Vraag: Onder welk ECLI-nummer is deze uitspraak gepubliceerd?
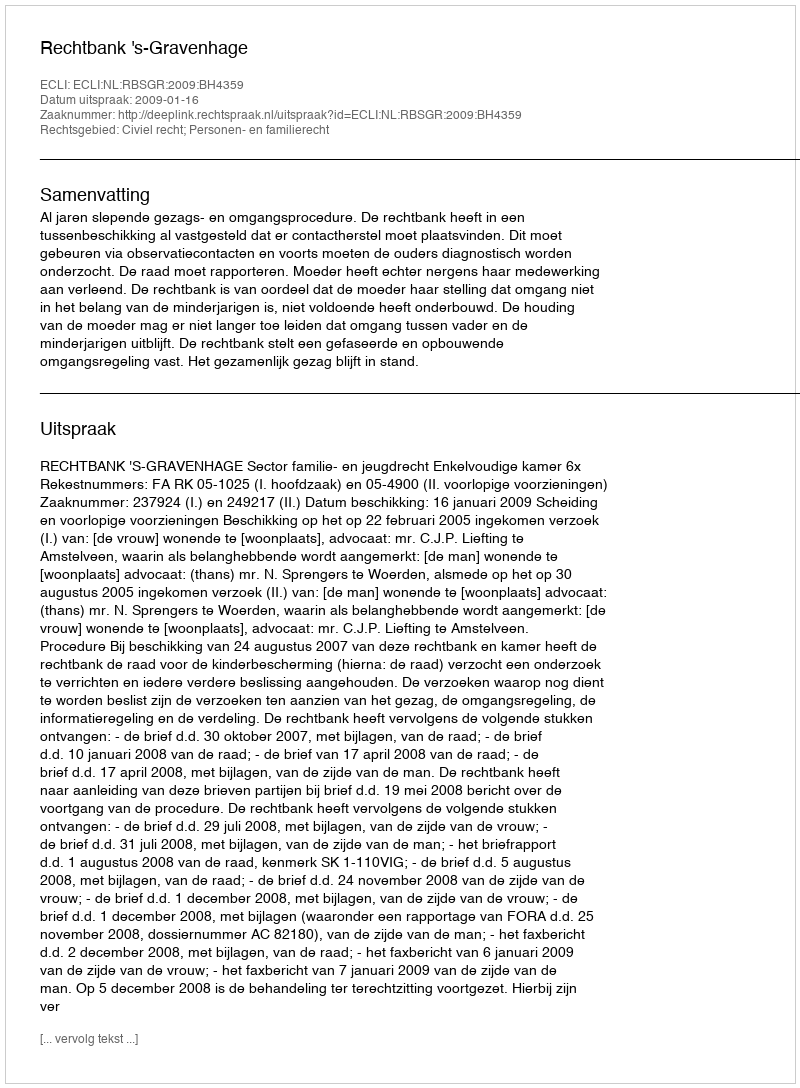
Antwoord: ECLI:NL:RBSGR:2009:BH4359